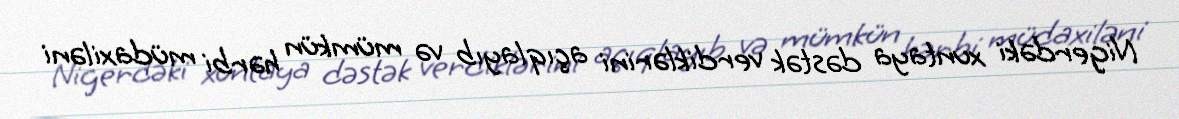
Nigerdəki xuntaya dəstək verdiklərini açıqlayıb və mümkün hərbi müdaxiləni